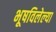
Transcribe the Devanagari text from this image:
भूषविलेल्‍या